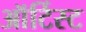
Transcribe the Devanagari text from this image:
ऑर्टिस्ट